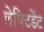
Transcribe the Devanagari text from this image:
लेफ्टिडेंट